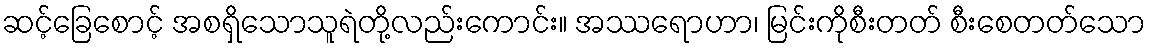
ဆင့်ခြေစောင့် အစရှိသောသူရဲတို့လည်းကောင်း။ အဿရောဟာ၊ မြင်းကိုစီးတတ် စီးစေတတ်သော